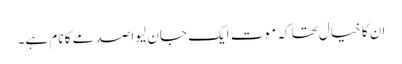
ان کا خیال تھا کہ موت ایک جان لیوا صدمے کا نام ہے۔